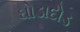
ઘોડાદોડ